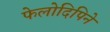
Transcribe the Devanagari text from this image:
फेलोदिपिने